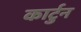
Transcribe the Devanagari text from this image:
कार्टुन